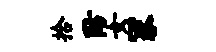
拾防女冢